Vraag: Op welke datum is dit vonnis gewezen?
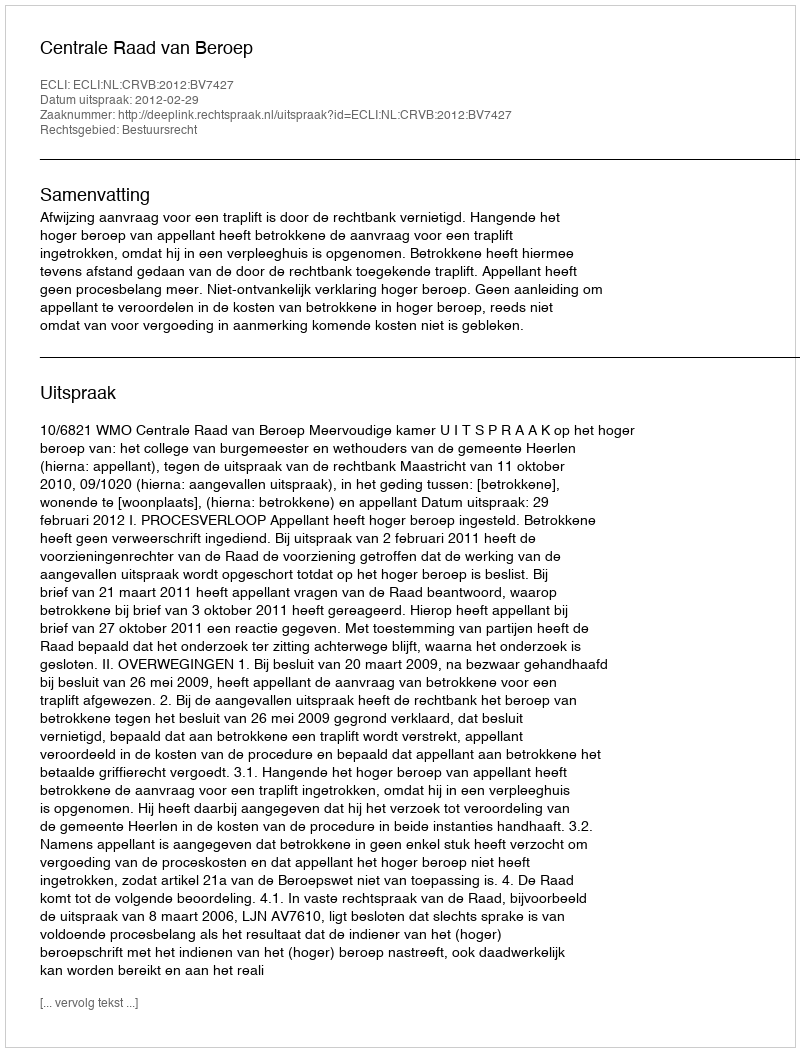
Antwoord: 2012-02-29